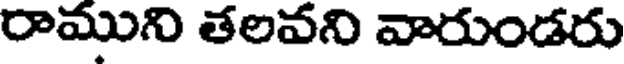
రాముని తలవని వారుండరు